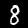
Digit: 8